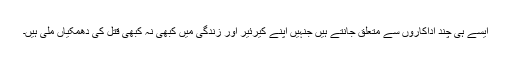
ایسے ہی چند اداکاروں سے متعلق جانتے ہیں جنہیں اپنے کیرئیر اور زندگی میں کبھی نہ کبھی قتل کی دھمکیاں ملی ہیں۔